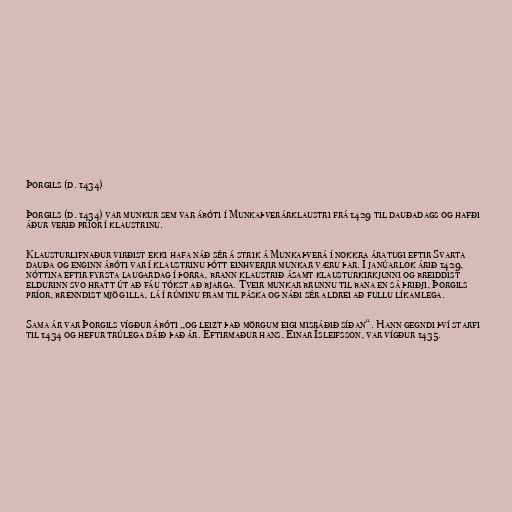
Þorgils (d. 1434)

Þorgils (d. 1434) var munkur sem var ábóti í Munkaþverárklaustri frá 1429 til dauðadags og hafði
áður verið príor í klaustrinu.

Klausturlifnaður virðist ekki hafa náð sér á strik á Munkaþverá í nokkra áratugi eftir Svarta
dauða og enginn ábóti var í klaustrinu þótt einhverjir munkar væru þar. Í janúarlok árið 1429,
nóttina eftir fyrsta laugardag í þorra, brann klaustrið ásamt klausturkirkjunni og breiddist
eldurinn svo hratt út að fáu tókst að bjarga. Tveir munkar brunnu til bana en sá þriðji, Þorgils
príor, brenndist mjög illa, lá í rúminu fram til páska og náði sér aldrei að fullu líkamlega.

Sama ár var Þorgils vígður ábóti „og leizt það mörgum eigi misráðið síðan“. Hann gegndi því starfi
til 1434 og hefur trúlega dáið það ár. Eftirmaður hans, Einar Ísleifsson, var vígður 1435.